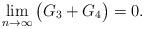
LaTeX: \begin{align*}\lim_{n\rightarrow \infty} \big(G_3 + G_4\big) =0.\end{align*}